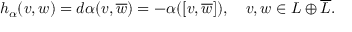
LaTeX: h _ { \alpha } ( v , w ) = d \alpha ( v , { \overline { { w } } } ) = - \alpha ( [ v , { \overline { { w } } } ] ) , \quad v , w \in L \oplus { \overline { { L } } } .